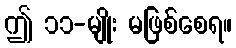
ဤ ၁၁-မျိုး မဖြစ်စေရ။